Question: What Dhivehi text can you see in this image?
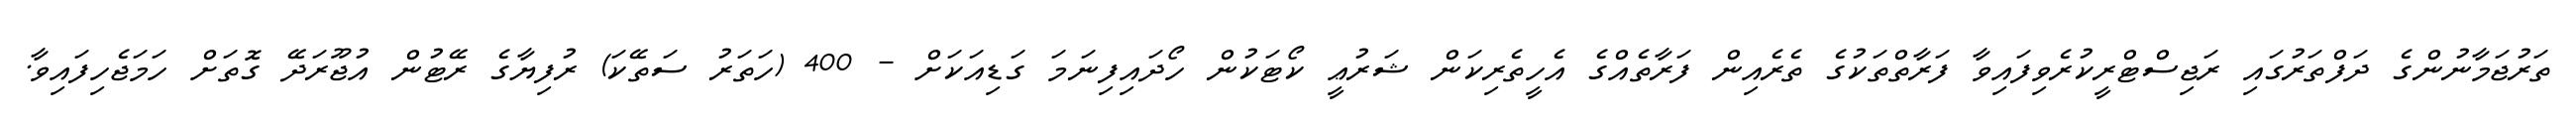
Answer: ތަރުޖަމާނުންގެ ދަފްތަރުގައި ރަޖިސްޓްރީކުރެވިފައިވާ ފަރާތްތަކުގެ ތެރެއިން ފަރާތެއްގެ އެހީތެރިކަން ޝަރުޢީ ކޯޓަކުން ހޯދައިފިނަމަ ގަޑިއަކަށް - 400 (ހަތަރު ސަތޭކަ) ރުފިޔާގެ ރޭޓުން އުޖޫރަދޭ ގޮތަށް ހަމަޖެހިފައިވާ.